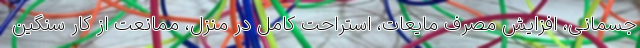
جسمانی، افزایش مصرف مایعات، استراحت کامل در منزل، ممانعت از کار سنگین